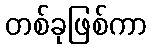
တစ်ခုဖြစ်ကာ